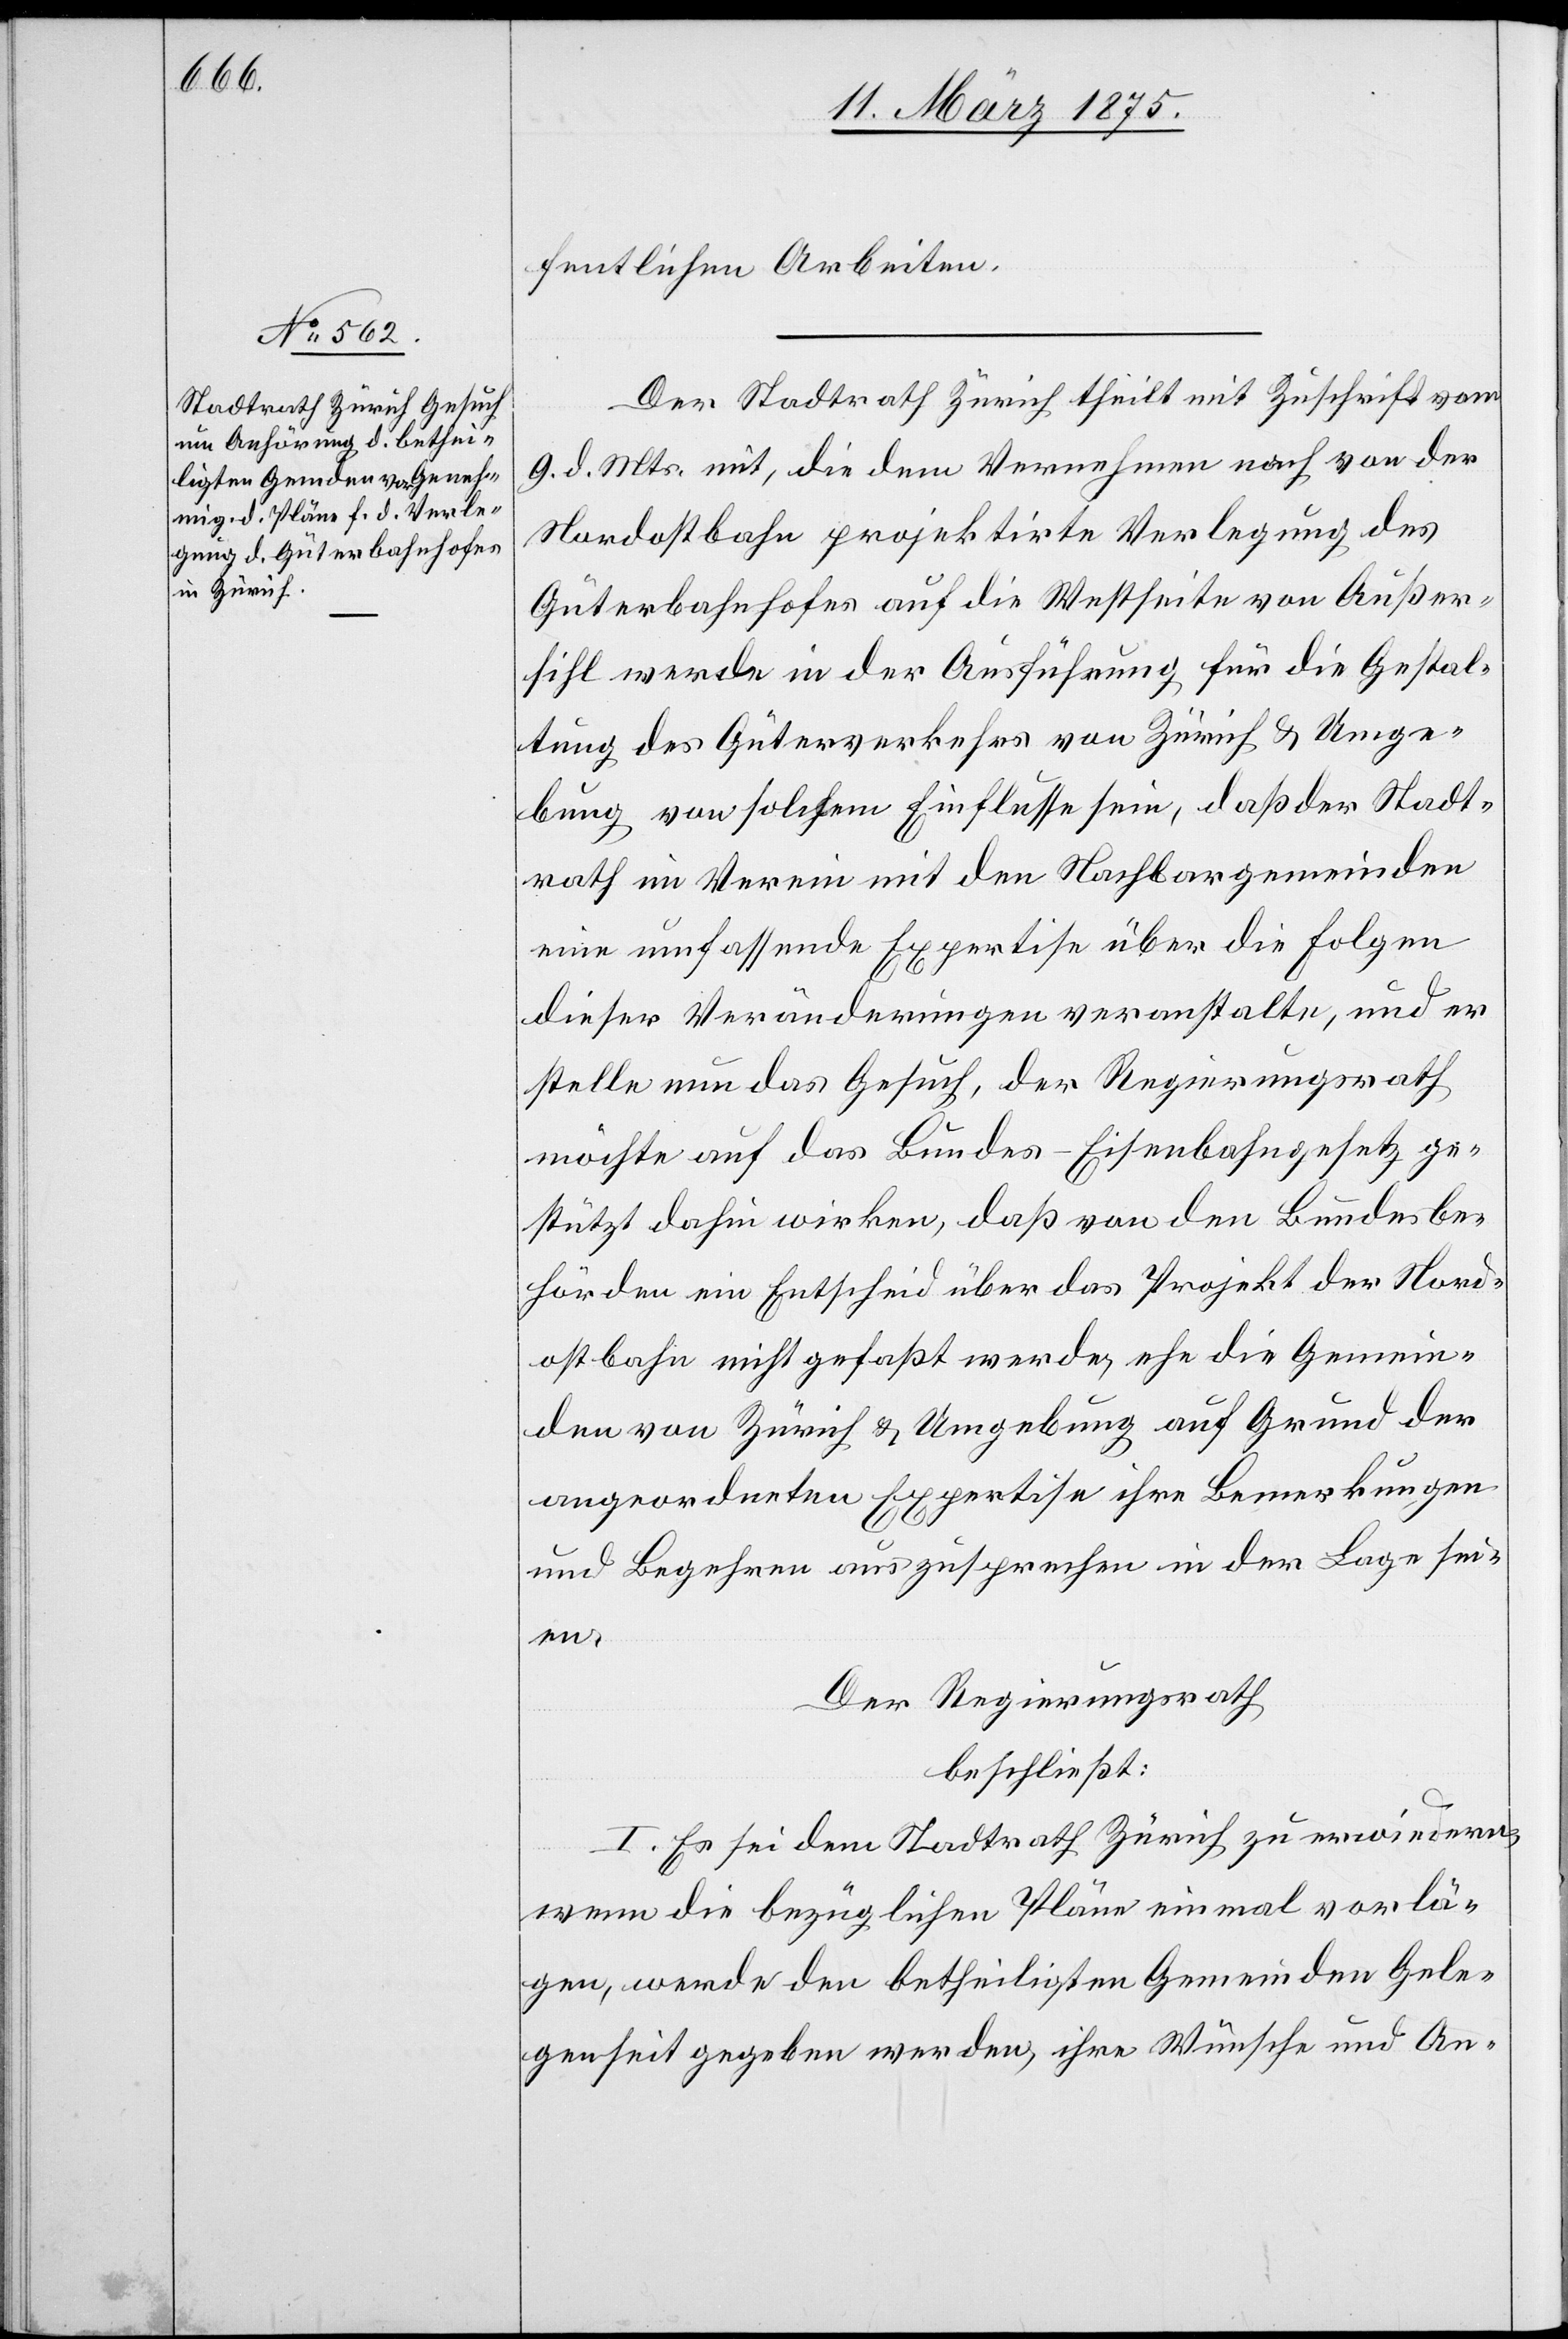
fentlichen Arbeiten.
Der Stadtrath Zürich theilt mit Zuschrift vom
9. d. Mts mit, die dem Vernehmen nach von der
Nordostbahn projektirte Verlegung des
Güterbahnhofes auf die Westseite von Außer¬
sihl werde in der Ausführung für die Gestal¬
tung des Güterverkehrs von Zürich & Umge¬
bung von solchem Einflusse sein, daß der Stadt¬
rath im Verein mit den Nachbargemeinden
eine umfassende Expertise über die Folgen
dieser Veränderungen veranstalte, und er
stelle nun das Gesuch, der Regierungsrath
möchte auf das Bundes-Eisenbahngesetz ge¬
stützt dahin wirken, daß von den Bundesbe¬
hörden in Entscheid über das Projekt der Nord¬
ostbahn nicht gefaßt werde, ehe die Gemein¬
den von Zürich & Umgebung auf Grund der
angeordneten Expertise ihre Bemerkungen
und Begehren auszusprechen in der Lage sei¬
en.
Der Regierungsrath,
beschließt:
I. Es sei dem Stadtrath Zürich zu erwiedern,
wenn die bezüglichen Pläne einmal vorlä¬
gen, werde den betheiligten Gemeinden Gele¬
genheit gegeben werden, ihre Wünsche und An-